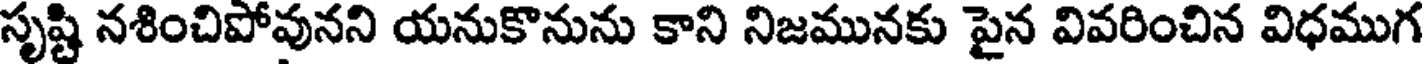
సృష్టి నశించిపోవునని యనుకొనును కాని నిజమునకు పైన వివరించిన విధముగ